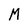
Character: M